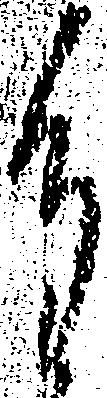
重